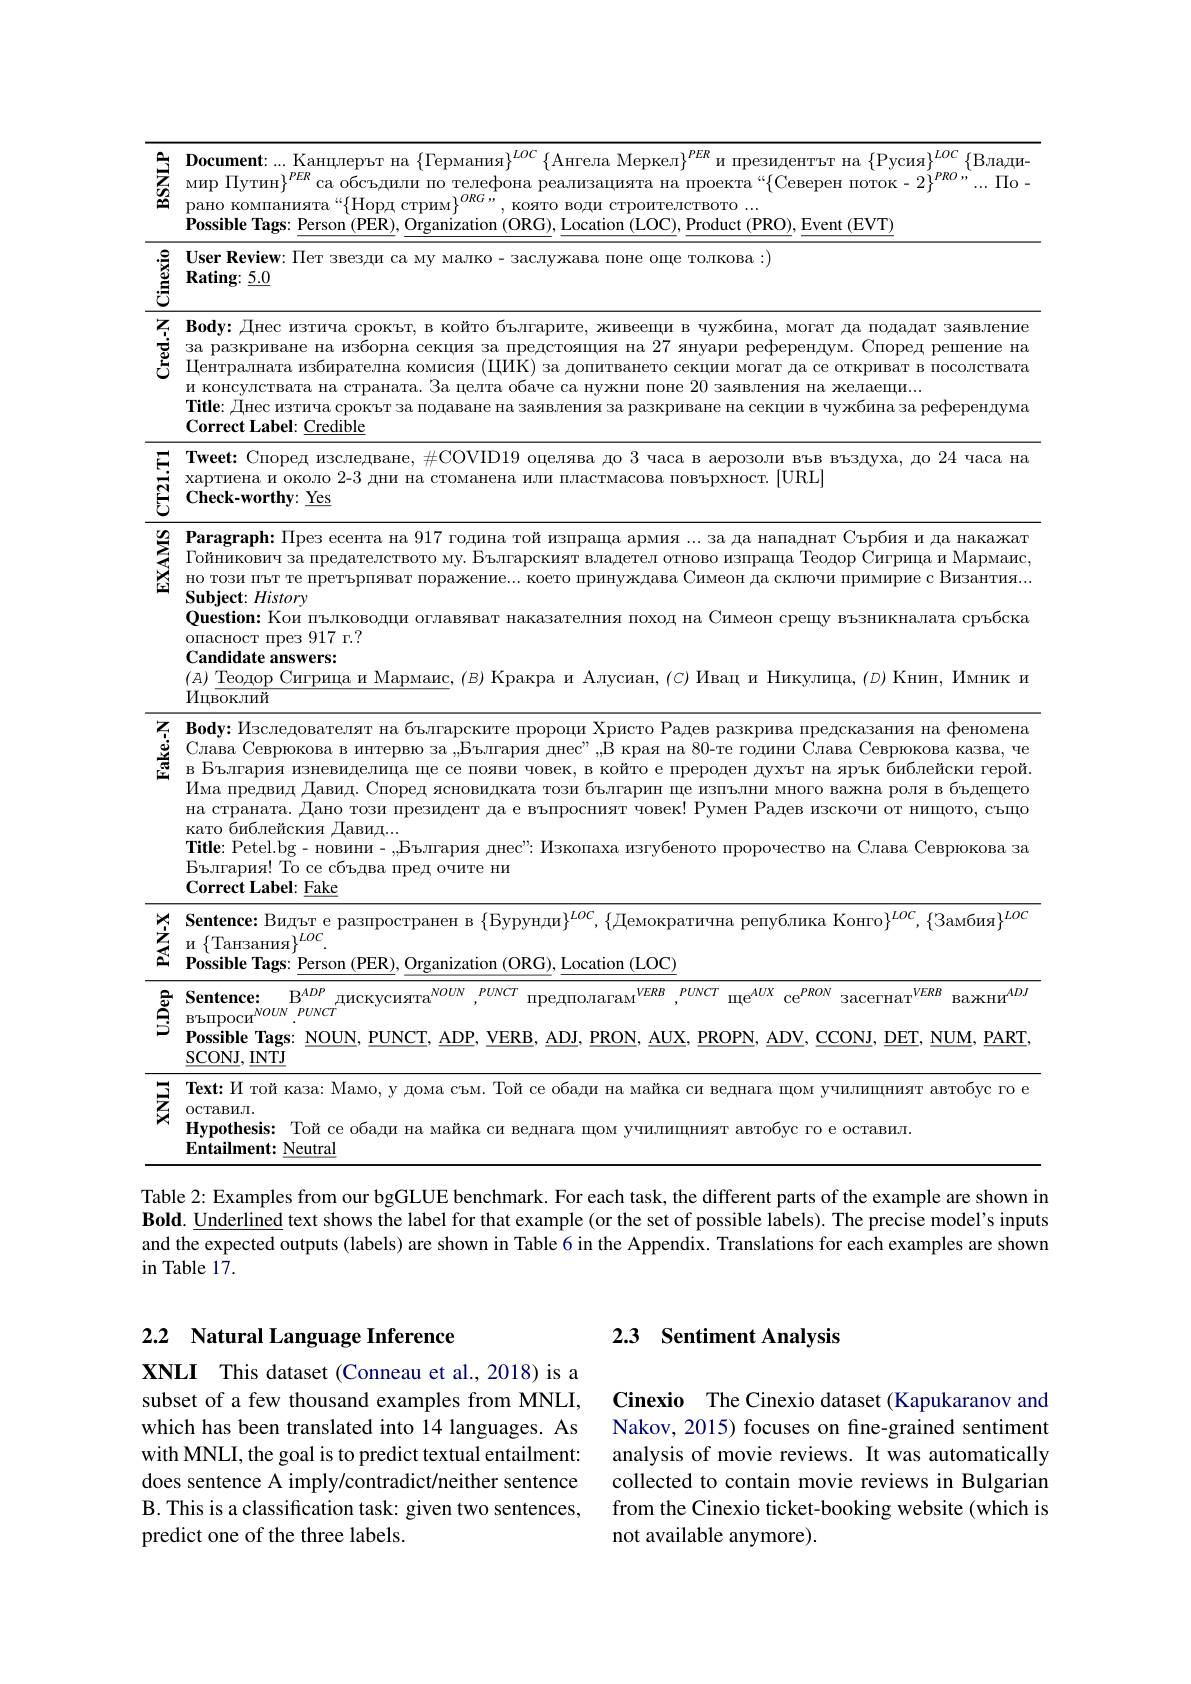
<table>
	<tbody>
		<tr>
			<th>家</th>
			<th>Document:...Kaнцлерът на $\{\Gamma$ермания$\}^LOC\left\{\text{Ангела Меркел}\right\}^{PER}$и президентът на $\{$Русия$\}^LOC\left\{\text{Влади-}\right\}$ мир Путин}$^PER$ са обсъдили по телефона реализацията на проекта“$\{$Северен поток- $2\}^PRO$”...$\Pi$о- рано компанията“$\{$Норд стрим$\}^ORG$”, която води строителството ... $\textbf{Possible Tags: Person }($PER), Organization (ORG), Location (LOC), Product (PRO), Event (EVT)</th>
		</tr>
		<tr>
			<td>홀</td>
			<td>User Review: Пет звезди са му малко- заслужава поне още толкова:) $\textbf{Rating: }\underline {5. 0}$</td>
		</tr>
		<tr>
			<td>重</td>
			<td>Вофу: Днес изтича срокът, в който българите, живеещи в чужбина, могат да подадат заявление за разкриване на изборна секция за предстоящия на 27 януари референдум. Според решение на Централната избирателна комисия (ЦИК) за допитването секции могат да се откриват в посолствата и консулствата на страната. За целта обаче са нужни поне 20 заявления на желаещи... Title: Днес изтича срокът за подаване на заявления за разкриване на секции в чужбина за референдума $\mathbf{Correct~Label:~Credible}$</td>
		</tr>
		<tr>
			<td></td>
			<td>Tweet: Cпоред изследване, $\#$СОVID19 оцелява до 3 часа в аерозоли във въздуха, до 24 часа на хартиена и около 2-3 дни на стоманена или пластмасова повърхност. [URL] ${\mathbf{Check-worthy:~\underline{Yes}}}$</td>
		</tr>
		<tr>
			<td>SATE</td>
			<td>$\textbf{Р а г а graph: П р е з eceн т а н а }917$ година той изпраща армия... за да нападнат Сърбияи да накажат $\Gamma$ойникович за предателството му. Българският владетел отново изпраща Теодор Сигрица и Мармаис Subject: History но този път те претърпяват поражение...което принуждава Симеон да сключи примирие с Византия... опасност през 917 г.? Question: Кои пълководци оглавяват наказателния поход на Симеон срещу възникналата сръбска Candidate answers: (д) Теодор Сигрица и Мармаис, (в) Кракра и Алусиан, $(C)$ Ивац и Никулица, $(D)$ Книн, Имник и</td>
		</tr>
		<tr>
			<td>$\begin{matrix}\Xi&\Xi\\\Xi&\Xi\\\Xi&\Xi\end{matrix}$</td>
			<td>$\mathbf{Body:}$Изследователят на българските пророци Христо Радев разкрива предсказания на феномена вБългария изневиделица ще се появи човек, в който е прероден духът на ярък библейски герой Cлава Севрюкова в интервю за ,България днес", ,В края на 80-те години Слава Севрюкова казва, че Има предвид Давид. Според ясновидката този българин ще изпълни много важна роляв бъдещето като библейския Давид... на страната. Дано този президент да е въпросният човек! Румен Радев изскочи от нищото, също Title: Petel.bg- Hoвини- ,,България днес": Изкопаха изгубеното пророчество на Слава Севрюкова за България! То се сбъдва пред очите ни ${\mathrm{Correct~Label:~Eake}}$</td>
		</tr>
		<tr>
			<td>蓋</td>
			<td>Sentence: Видъте разпространен в $\{$Бурунди$\}^LOC,\{$Демократична република Конго$\}^LOC,\{$Замбия$\}^LOC$ ${\text{и}}\left\{\text{Taнзания}\right\}^{LOC}.$ $\textbf{Possible Tags: Person }($PER$) , \underline {\mathrm{Organization~( ORG) , ~Location~( LOC) }}$</td>
		</tr>
		<tr>
			<td>롤</td>
			<td>Sentence: $\mathrm{R}^{ADP}$ $\text{Iи с к у с и я т а }^{NOUN}$ $PUNCT$ $\text{п р е л п о л а г а м }^{VERB}$ $PUNCI$ $\mathrm{me}^{AUX}$ $\mathrm{ce}^{PRON}$ $\text{засегнат}^{VERB}$ $\mathrm{Ba}_{\mathrm{XH}\mathrm{W}}^{ADJ}$ $\operatorname{R\text{ЪПРОСИ}}^{NOUN}PUNCI$ $\underline{\mathrm{SCONJ}},\underline{\mathrm{INTJ}}$ Possible Tags: NOUN, PUNCT, ADP, VERB, ADJ, PRON, AUX, PROPN, ADV, CCONJ, DET, NUM, PART</td>
		</tr>
		<tr>
			<td>亥</td>
			<td>Text: $M$ той каза: Мамо, у дома съм. Той се обади на майка си веднага щом училищният автобус го е OCTaBИЛ. Hypothesis: Toй ce oбади на майка си веднага щом училищният автобус го е оставил Entailment: Neutral</td>
		</tr>
	</tbody>
</table>

Table 2: Examples from our bgGLUE benchmark. For each task, the different parts of the example are shown in

Bold. $\hat{\text{Underlined}}$ text shows the label for that example (or the set of possible labels). The precise model's inputs and the expected outputs (labels) are shown in Table 6 in the Appendix. Translations for each examples are shown in Table 17.

# 2.2 Natural Language Inference

XNLI This dataset (Conneau et al.,2018) is a subset of a few thousand examples from MNLI, which has been translated into 14 languages. As with MNLI, the goal is to predict textual entailment: does sentence A imply/contradict/neither sentence B. This is a classification task: given two sentences, predict one of the three labels.

# 2.3 Sentiment Analysis

Cinexio The Cinexio dataset (Kapukaranov and Nakov, 2015) focuses on fine-grained sentiment analysis of movie reviews. It was automatically collected to contain movie reviews in Bulgarian from the Cinexio ticket-booking website (which is not available anymore).